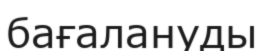
бағалануды